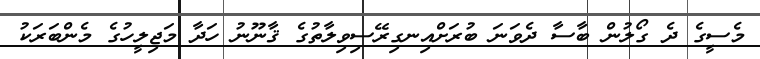
މެސީގެ ދެ ގޯލުން ބާސާ ދެވަނަ ބުރަށްއިނގިރޭސިވިލާތުގެ ޤާނޫނު ހަދާ މަޖިލީހުގެ މެންބަރަކު